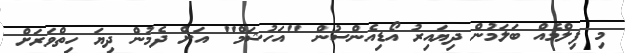
މި ފިލްމެއް ބަލަމުން ދިޔައިރު އޯޑިއެންސުން "އަހުޝަމް" އަށް ދެމުން ދިޔަ ހިތްވަރަށް